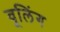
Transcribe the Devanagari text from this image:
वूलिंग